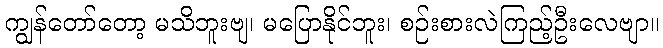
ကျွန်တော်တော့ မသိဘူးဗျ၊ မပြောနိုင်ဘူး၊ စဉ်းစားလဲကြည့်ဦးလေဗျာ။